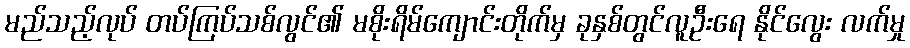
မည်သည့်လုပ် တပ်ကြပ်သစ်လွင်၏ မစိုးရိမ်ကျောင်းတိုက်မှ ခုနှစ်တွင်လူဦးရေ နိုင်လွေး လက်မှု